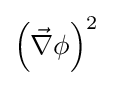
{\textstyle \left({\vec {\nabla }}\phi \right)^{2}}